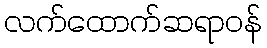
လက်ထောက်ဆရာဝန်